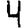
Digit: 4